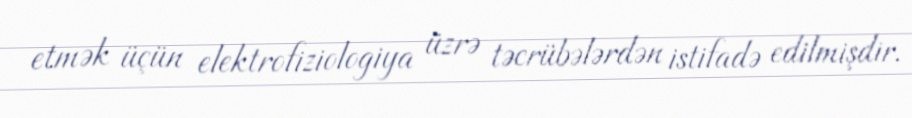
etmək üçün elektrofiziologiya üzrə təcrübələrdən istifadə edilmişdir.